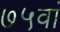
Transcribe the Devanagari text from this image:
७५वां